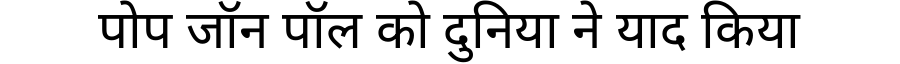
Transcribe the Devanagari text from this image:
पोप जॉन पॉल को दुनिया ने याद किया